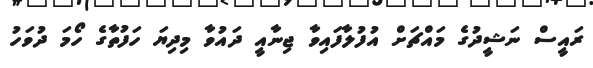
ރައީސް ނަޝީދުގެ މައްޗަށް އުފުލާފައިވާ ޖިނާއީ ދައުވާ މިދިޔަ ހަފުތާގެ ހޯމަ ދުވަހު